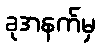
ခုအနက်မှ